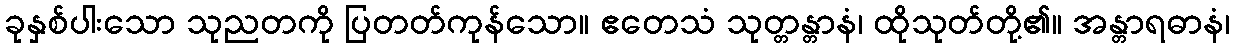
ခုနှစ်ပါးသော သုညတကို ပြတတ်ကုန်သော။ ဧတေသံ သုတ္တန္တာနံ၊ ထိုသုတ်တို့၏။ အန္တာရဓာနံ၊